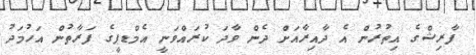
ފާރިޝްގެ އިތުރުން އެ ދާއިރާއަށް ދެން ވާދަ ކުރައްވަނީ އެމްޑޕީގެ ފަރާތުން އަހުމަދު